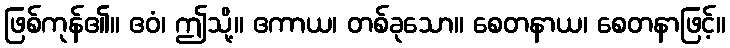
ဖြစ်ကုန်၏။ ဧဝံ၊ ဤသို့။ ဧကာယ၊ တစ်ခုသော။ စေတနာယ၊ စေတနာဖြင့်။